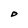
Character: O